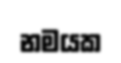
නමයක